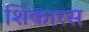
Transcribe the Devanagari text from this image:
शिकारस